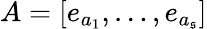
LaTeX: A=[e_{a_{1}},\dots,e_{a_{\mathfrak{s}}}]